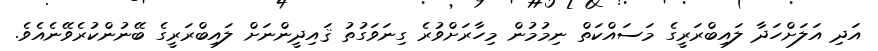
އަދި އަލަށްހަދާ ލައިބްރަރީގެ މަސައްކަތް ނިމުމުން މިހާރަށްވުރެ ގިނަވަގުތު ޤައިދީންނަށް ލައިބްރަރީގެ ބޭނުންކުރެވޭނެއެވެ.